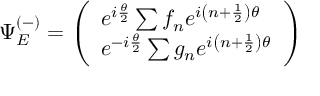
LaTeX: \Psi _ { E } ^ { ( - ) } = \left( \begin{array} { l } { { e ^ { i \frac { \theta } { 2 } } \sum f _ { n } e ^ { i \left( n + \frac { 1 } { 2 } \right) \theta } } } \\ { { e ^ { - i \frac { \theta } { 2 } } \sum g _ { n } e ^ { i \left( n + \frac { 1 } { 2 } \right) \theta } } } \end{array} \right)